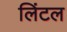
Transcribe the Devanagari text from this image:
लिंटल